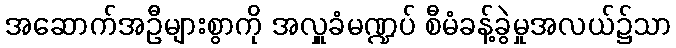
အဆောက်အဦများစွာကို အလှူခံမဏ္ဍပ် စီမံခန့်ခွဲမှုအလယ်၌သာ